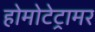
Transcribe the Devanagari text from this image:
होमोटेट्रामर